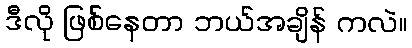
ဒီလို ဖြစ်နေတာ ဘယ်အချိန် ကလဲ။